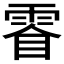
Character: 𮦓